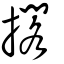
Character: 擱